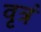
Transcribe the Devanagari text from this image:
वृत्रं